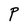
Character: P